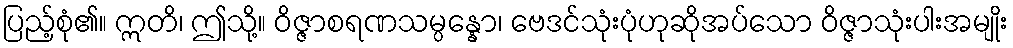
ပြည့်စုံ၏။ ဣတိ၊ ဤသို့။ ဝိဇ္ဇာစရဏသမ္ပန္နော၊ ဗေဒင်သုံးပုံဟုဆိုအပ်သော ဝိဇ္ဇာသုံးပါးအမျိုး